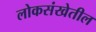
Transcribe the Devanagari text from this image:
लोकसंखेतील